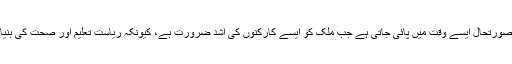
ان کارکنوں کے لیے عدم تحفظ کی یہ صورتحال ایسے وقت میں پائی جاتی ہے جب ملک کو ایسے کارکنوں کی اشد ضرورت ہے، کیونکہ ریاست تعلیم اور صحت کی بنیادی سہولتیں فراہم کرنے میں ناکام ہے۔